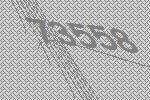
73558